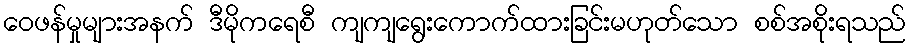
ဝေဖန်မှုများအနက် ဒီမိုကရေစီ ကျကျရွေးကောက်ထားခြင်းမဟုတ်သော စစ်အစိုးရသည်